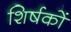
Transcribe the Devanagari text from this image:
शिर्षकों